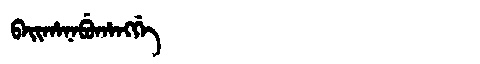
Manchu: ᠪᠠᡳᡥᠠᠨᠠᠪᡠᡥᠠᠩᡤᡝ
Romanization: BAIHANABUHANGGE